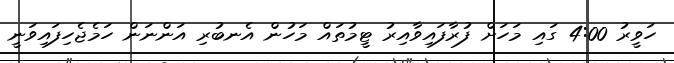
ހަވީރު 4:00 ގައި މަހަށް ފުރާފައިވާއިރު ޓީމުތައް މަހުން އެނބުރި އަންނަން ހަމެޖެހިފައިވަނީ